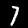
Label: 7